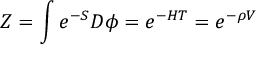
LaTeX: Z = \int e ^ { - S } D \phi = e ^ { - H T } = e ^ { - \rho V }